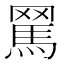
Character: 𦋻